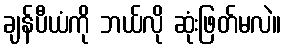
ချန်ပီယံကို ဘယ်လို ဆုံးဖြတ်မလဲ။